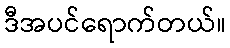
ဒီအပင်ရောက်တယ်။